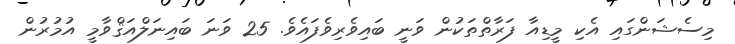
މިސެޝަންގައި އެކި މީޑިއާ ފަރާތްތަކުން ވަނީ ބައިވެރިވެފައެވެ. 25 ވަނަ ބައިނަލްއަޤްވާމީ އުމުރުން